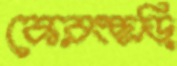
কেরংছড়ি